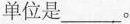
单位是___。